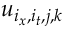
u _ { i _ { x } , i _ { t } , j , k }